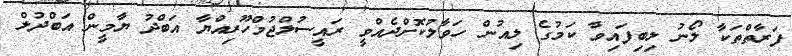
ފަރާތްތަކާ ލޯނު ލިބިފައިވާ ކަމުގެ ލިއުން ހަވާލުކޮށްދެއްވީ ރައީސުލްޖުމްހޫރިއްޔާ އަބްދު ޔާމީން އަބްދުލް